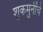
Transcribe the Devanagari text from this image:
शुकमुनींचे